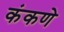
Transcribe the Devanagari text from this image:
कंकणे